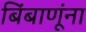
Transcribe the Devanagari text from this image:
बिंबाणूंना